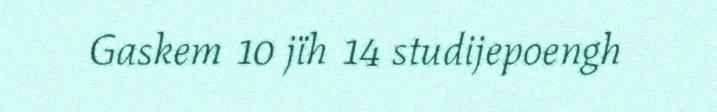
Gaskem 10 jïh 14 studijepoengh